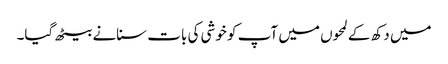
میں دکھ کے لمحوں میں آپ کو خوشی کی بات سنانے بیٹھ گیا۔